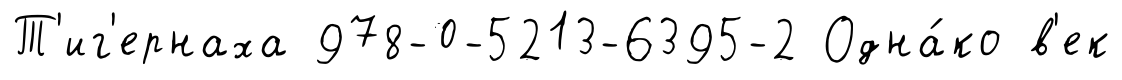
Т'иг'ернаха 978-0-5213-6395-2 Одна́ко в'ек